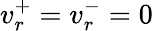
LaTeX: v_{r}^{+}=v_{r}^{-}=0